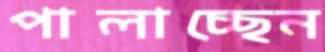
পালাচ্ছেন